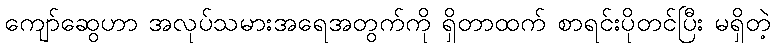
ကျော်ဆွေဟာ အလုပ်သမားအရေအတွက်ကို ရှိတာထက် စာရင်းပိုတင်ပြီး မရှိတဲ့